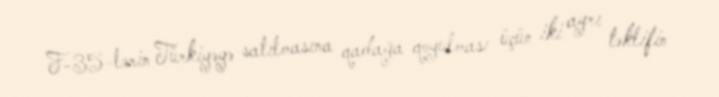
F-35-lərin Türkiyəyə satılmasına qadağa qoyulması üçün iki ayrı təklifin